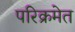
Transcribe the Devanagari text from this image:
परिक्रमेत